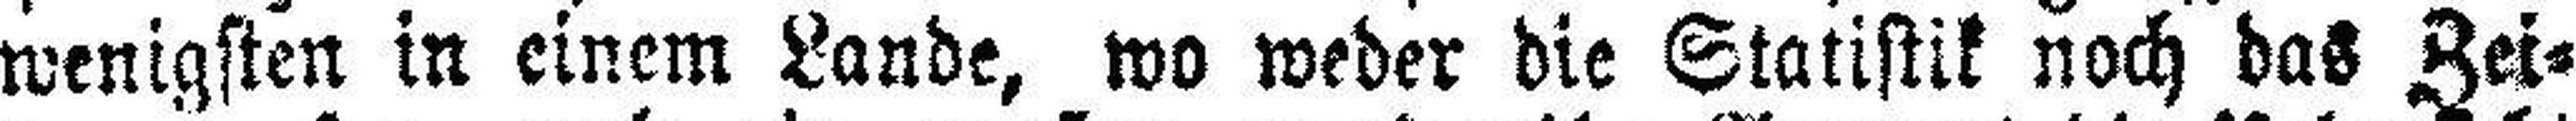
wenigsten in einem Lande, wo weder die Statistik noch das Zei¬